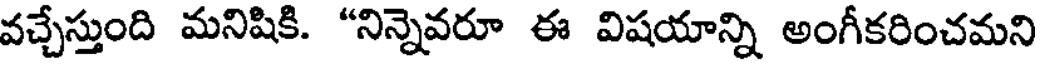
వచ్చేస్తుంది మనిషికి. "నిన్నెవరూ ఈ విషయాన్ని అంగీకరించమని